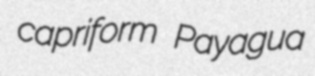
capriform Payagua